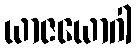
ယာဇယောဂါ